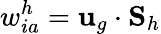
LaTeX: w_{ia}^{h}={\mathbf u}_{g}\cdot{\mathbf S}_{h}